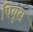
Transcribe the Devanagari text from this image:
पियूस